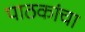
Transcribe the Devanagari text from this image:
पाठकांचा